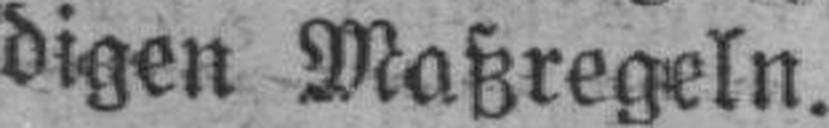
digen Maßregeln.